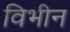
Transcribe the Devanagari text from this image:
विभीन